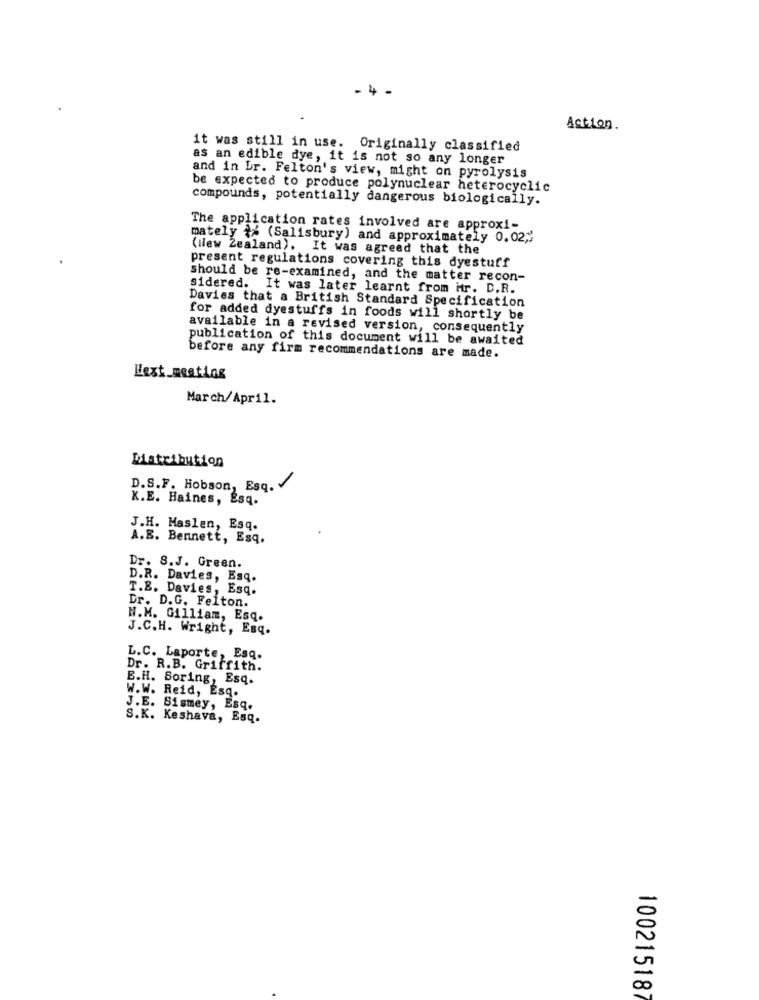
. 4
Action
it was still in use. Originally classified
as an edible dye, it is not so any longer
and in Lr. Felton's view, might on pyrolysis
be expected to produce polynuclear heterocyclic
compounds, potentially dangerous biologically.
The application rates involved are approxi-
mately {% (Salisbury) and approximately 0.02""
(New Zealand). It was agreed that the
present regulations covering this dyestuff
should be re-examined, and the matter recon-
sidered. It was later learnt from itr. D.R.
Davies that a British Standard Specification
for added dyestuffs in foods will shortly be
available in a revised version, consequently
publication of this document will be awaited
before any firm recommendations are made.
Hext_meeting
March/April.
Distribution
D.S.F. Hobson, Esq. v
K.E. Haines, Esq.
J.H. Maslen, Esq.
A.E. Bennett, Esq.
Dr. 8.J. Green.
D.R. Davies, Esq.
T.E. Davies, Esq.
Dr. D.G. Felton.
N.M. Gilliam, Esq.
J.C.H. Wright, Esq.
L.C. Laporte, Esq.
Dr. R.B. Griffith.
E.H. Soring, Esq.
W.W. Reid, Esq.
J.E. Sismey, Esq.
S.K. Keshava, Esq.
100215187